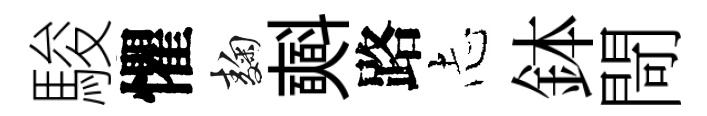
駿懼麹𣂏路𢖽鉢閜